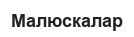
Малюскалар